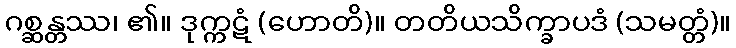
ဂစ္ဆန္တဿ၊ ၏။ ဒုက္ကဋံ (ဟောတိ)။ တတိယသိက္ခာပဒံ (သမတ္တံ)။